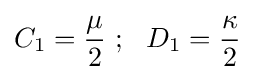
C_{1}={\frac {\mu }{2}}~;~~D_{1}={\frac {\kappa }{2}}